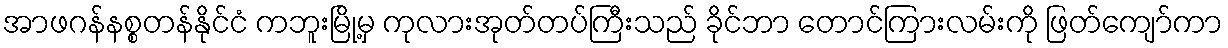
အာဖဂန်နစ္စတန်နိုင်ငံ ကဘူးမြို့မှ ကုလားအုတ်တပ်ကြီးသည် ခိုင်ဘာ တောင်ကြားလမ်းကို ဖြတ်ကျော်ကာ